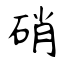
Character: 硝